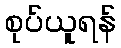
စုပ်ယူရန်